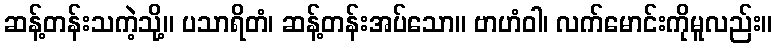
ဆန့်တန်းသကဲ့သို့။ ပသာရိတံ၊ ဆန့်တန်းအပ်သော။ ဗာဟံဝါ၊ လက်မောင်းကိုမူလည်း။